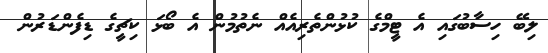
ލިބޭ ހިސާބުގައި އެ ޓީމްގެ ކުޅުންތެރިއެއް ނެތުމުން އެ ބޯޅަ ކިޗީގެ ޑިފެންޑަރުން